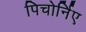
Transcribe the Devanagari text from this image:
पिचोर्निए